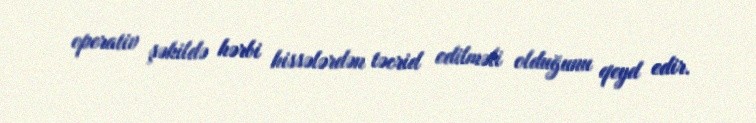
operativ şəkildə hərbi hissələrdən təcrid edilməli olduğunu qeyd edir.